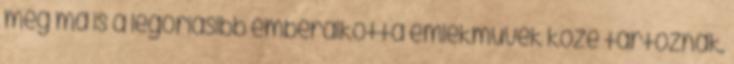
még ma is a legóriásibb emberalkotta emlékművek közé tartoznak.